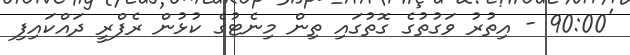
'90:00 - އިތުރު ވަގުތުގެ ގޮތުގައި ތިން މިނެޓުގެ ކުޅުން ރެފްރީ ދައްކައިފި